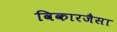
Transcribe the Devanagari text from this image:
विकारजैसा